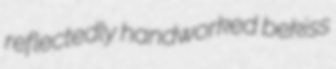
reflectedly handworked bekiss